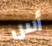
أس